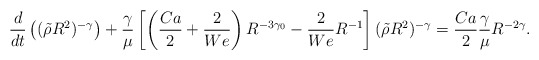
\begin{align*}\frac{d}{dt}\left((\tilde{\rho}R^2)^{-\gamma}\right)+\frac{\gamma}{\mu}\left[\left(\frac{Ca}{2}+\frac{2}{We}\right)R^{-3\gamma_0}-\frac{2}{We}R^{-1}\right](\tilde{\rho}R^2)^{-\gamma}=\frac{Ca}{2}\frac{\gamma}{\mu}R^{-2\gamma}.\end{align*}